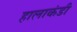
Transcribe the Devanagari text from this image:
हालाकंडी